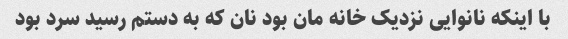
با اینکه نانوایی نزدیک خانه مان بود نان که به دستم رسید سرد بود